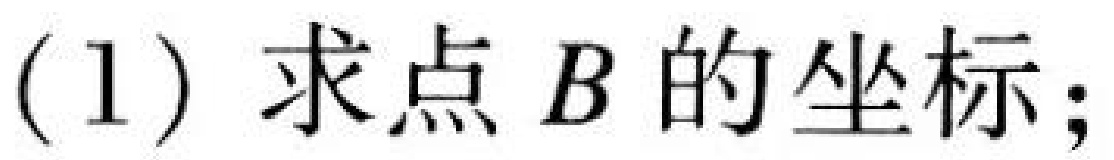
(1) 求点$B$的坐标;